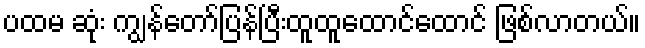
ပထမ ဆုံး ကျွန်တော်ပြန်ပြီးထူထူထောင်ထောင် ဖြစ်လာတယ်။